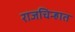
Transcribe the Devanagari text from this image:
राजचिन्हात